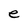
Character: e